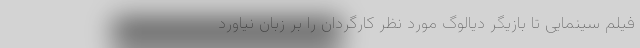
فیلم سینمایی تا بازیگر دیالوگ مورد نظر کارگردان را بر زبان نیاورد